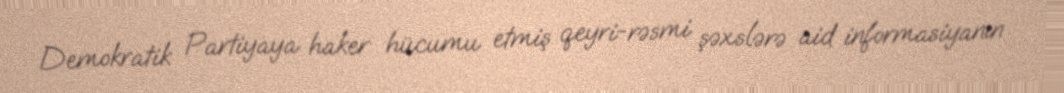
Demokratik Partiyaya haker hücumu etmiş qeyri-rəsmi şəxslərə aid informasiyanın